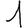
Digit: 1